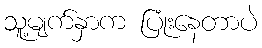
သူ့မျက်နှာက ပြုံးနေတာပဲ